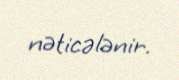
nəticələnir.